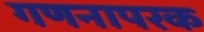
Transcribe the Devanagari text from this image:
गणनापरक